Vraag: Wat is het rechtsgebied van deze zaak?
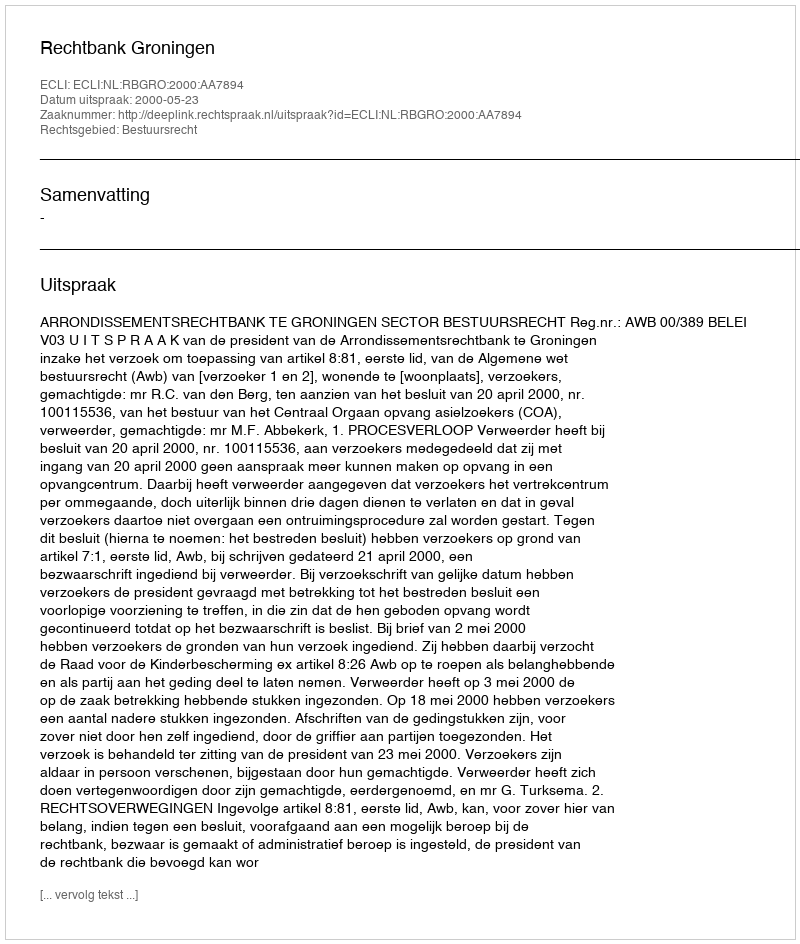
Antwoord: Bestuursrecht